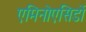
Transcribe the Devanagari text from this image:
एमिनोएसिडों